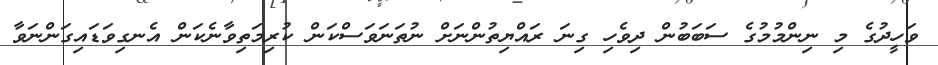
ވަހީދުގެ މި ނިންމުމުގެ ސަބަބުން ދިވެހި ގިނަ ރައްޔިތުންނަށް ނުތަނަވަސްކަން ކުރިމަތިވާނެކަން އެނގިވަޑައިގަންނަވާ